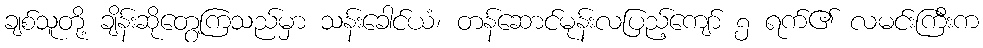
ချစ်သူတို့ ချိန်းဆိုတွေ့ကြသည်မှာ သန်းခေါင်ယံ၊ တန်ဆောင်မုန်းလပြည့်ကျော် ၅ ရက်၏ လမင်းကြီးက